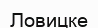
Ловицке